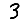
Digit: 3